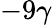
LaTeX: -9\gamma